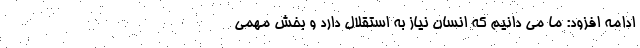
ادامه افزود: ما می دانیم که انسان نیاز به استقلال دارد و بخش مهمی